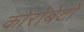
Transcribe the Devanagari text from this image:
कोरोबेटो